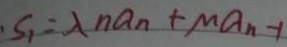
S _ { 1 } = \lambda n a _ { n } + M a _ { n } - 1